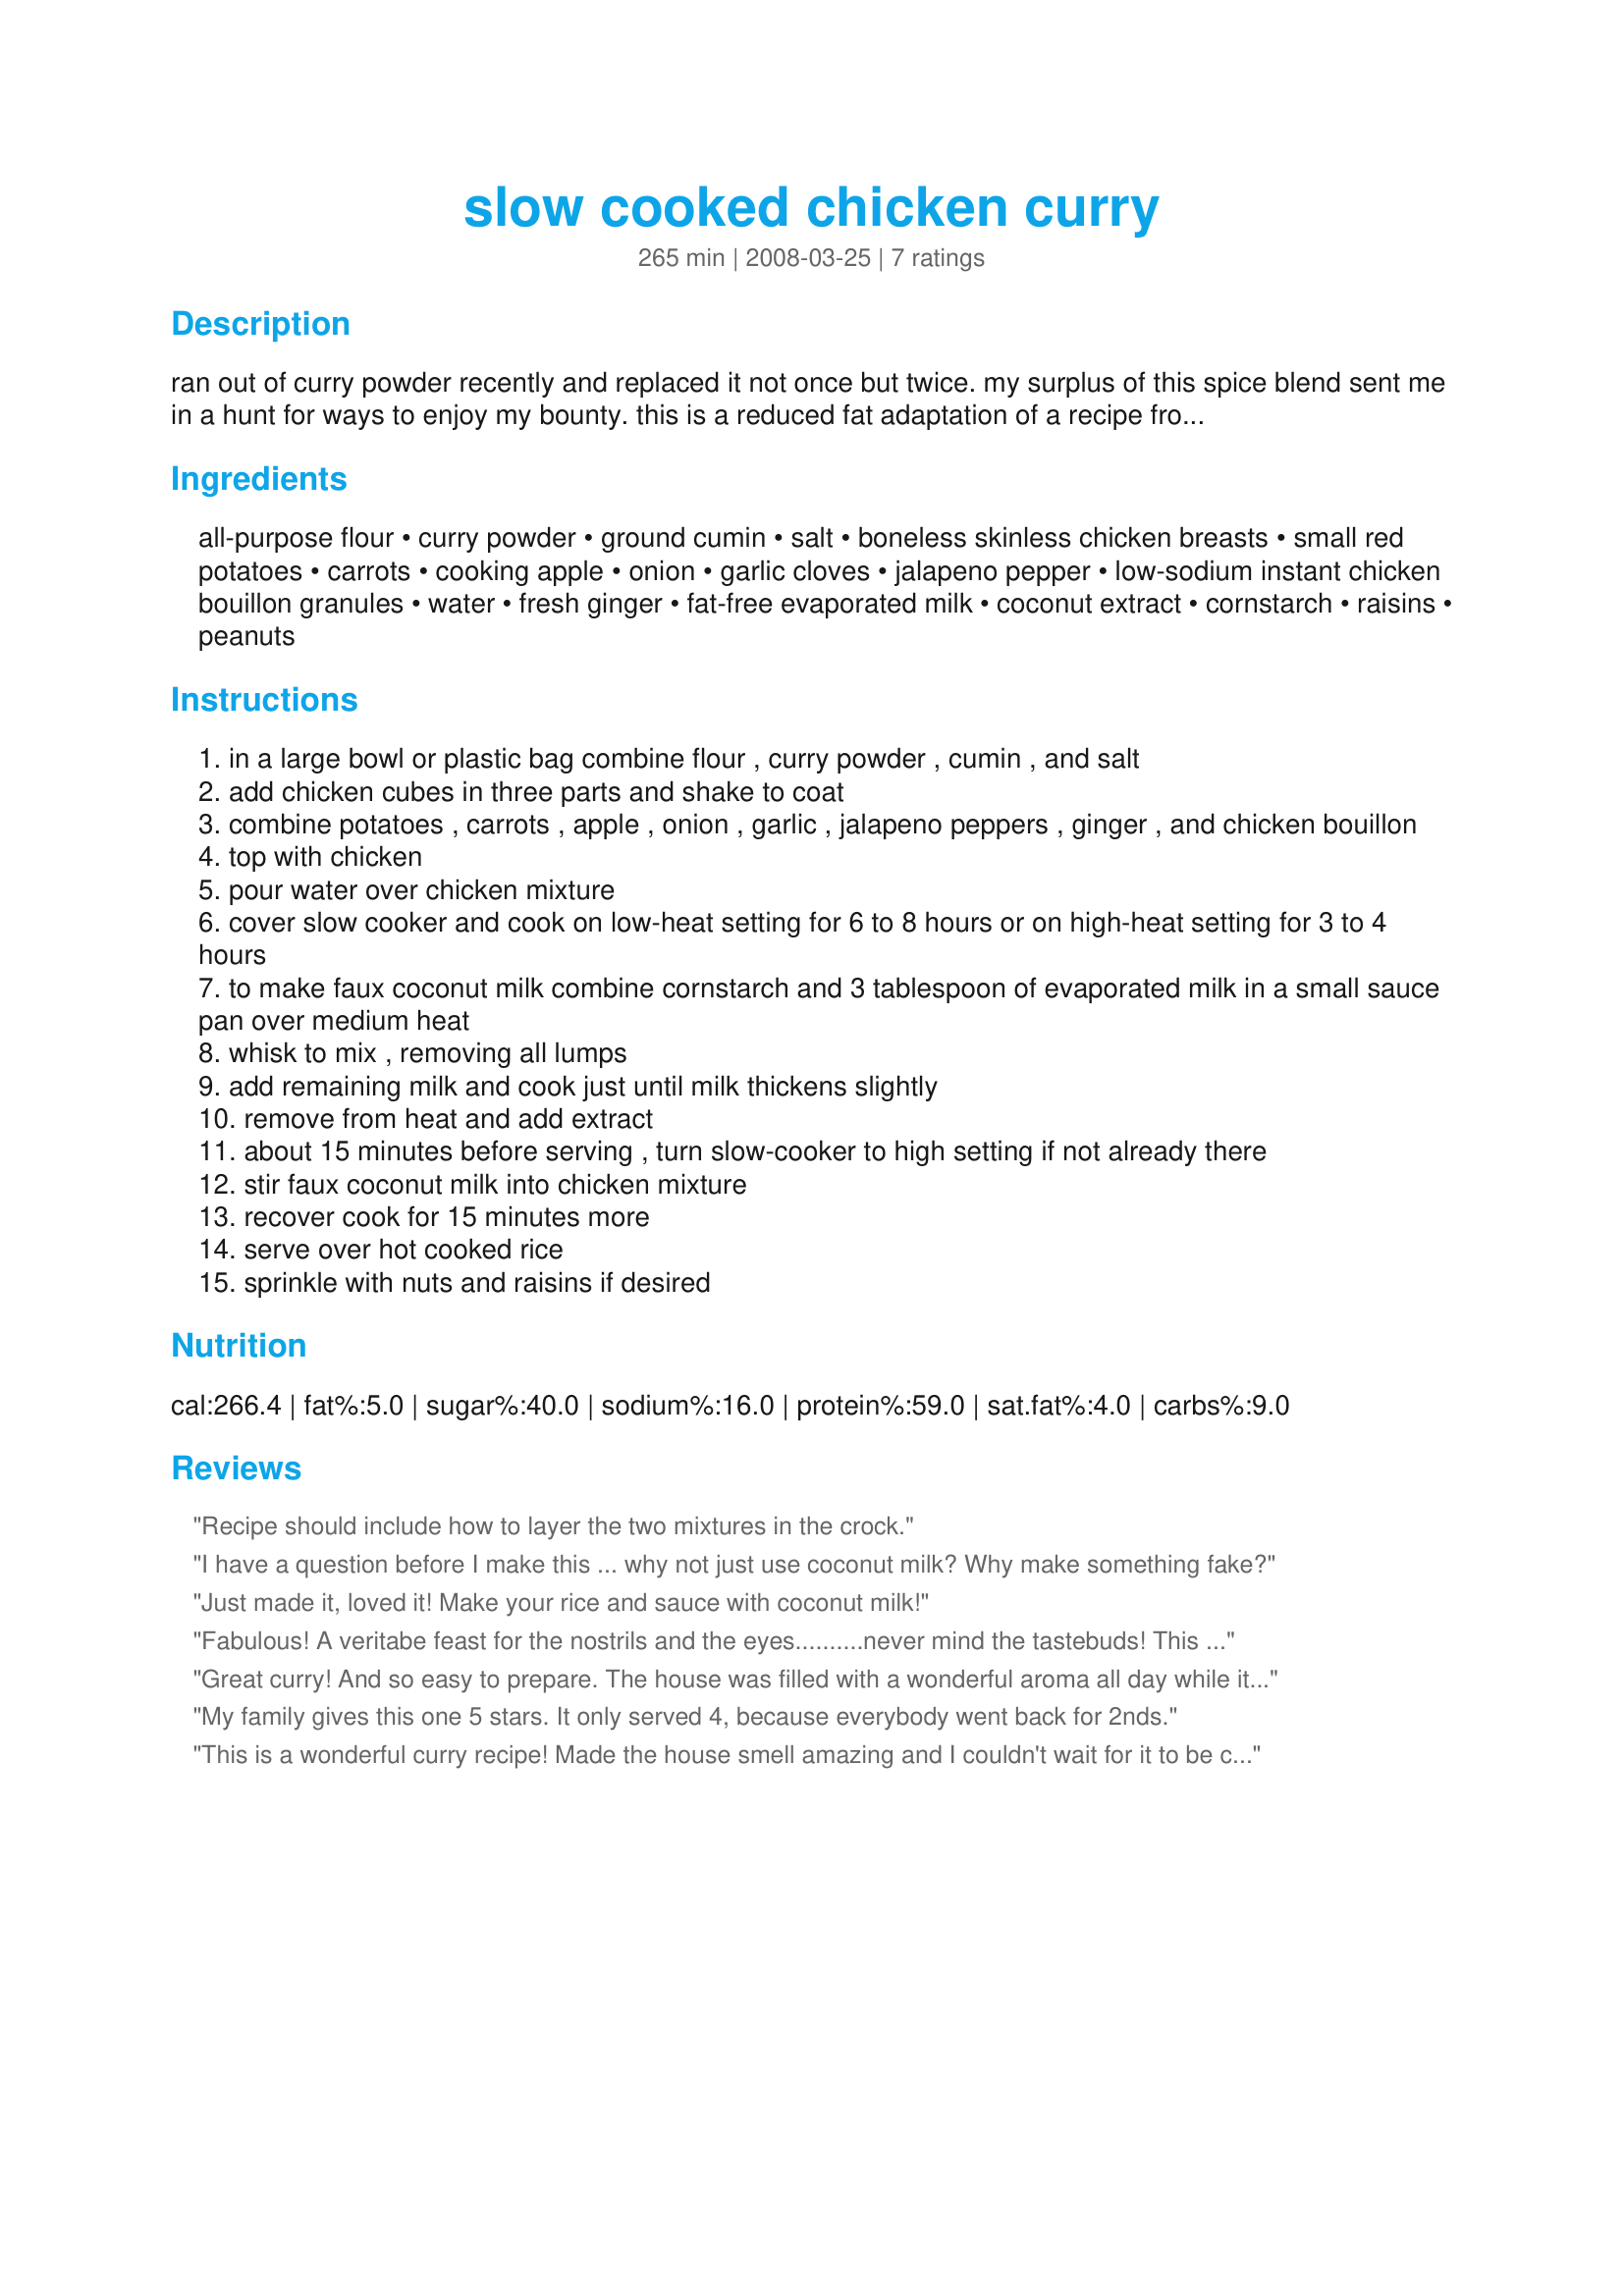
slow cooked chicken curry
Preparation time: 265 minutes

ran out of curry powder recently and replaced it not once but twice. my surplus of this spice blend sent me in a hunt for ways to enjoy my bounty. this is a reduced fat adaptation of a recipe from bhg. i just love slow cooker recipes for the ease of dump and run cooking. this one is a bit more involved since you need to prepare the lighter substitute for coconut milk. if you are not concerned about fat or calories, feel free to use regular or light coconut milk instead. a wonderful, rich flavored curry for just 5 ww points that is even better the next day.

Ingredients:
all-purpose flour, curry powder, ground cumin, salt, boneless skinless chicken breasts, small red potatoes, carrots, cooking apple, onion, garlic cloves, jalapeno pepper, low-sodium instant chicken bouillon granules, water, fresh ginger, fat-free evaporated milk, coconut extract, cornstarch, raisins, peanuts

Steps:
in a large bowl or plastic bag combine flour , curry powder , cumin , and salt
add chicken cubes in three parts and shake to coat
combine potatoes , carrots , apple , onion , garlic , jalapeno peppers , ginger , and chicken bouillon
top with chicken
pour water over chicken mixture
cover slow cooker and cook on low-heat setting for 6 to 8 hours or on high-heat setting for 3 to 4 hours
to make faux coconut milk combine cornstarch and 3 tablespoon of evaporated milk in a small sauce pan over medium heat
whisk to mix , removing all lumps
add remaining milk and cook just until milk thickens slightly
remove from heat and add extract
about 15 minutes before serving , turn slow-cooker to high setting if not already there
stir faux coconut milk into chicken mixture
recover cook for 15 minutes more
serve over hot cooked rice
sprinkle with nuts and raisins if desired

Reviews:
Recipe should include how to layer the two mixtures in the crock.
I have a question before I make this ... why not just use coconut milk? Why make something fake?
Just made it, loved it! Make your rice and sauce with coconut milk!
Fabulous! A veritabe feast for the nostrils and the eyes..........never mind the tastebuds! This is OUR kind of curry Toni - lots of flavour and veggies in it, as well as the chicken - we LOVED it. What I used: Swiss Marigold salt free bouillon granules and LOW FAT coconut milk, only 2 % fat in 100 mls. I used my own blend of home-made curry powder and sultanas for the garnish, along with the peanuts. I LOVE my crock-pot, and this simmered away all day whilst I got ready for my LONG car trip back to the UK! Photos WERE taken, but I have packed my camera - so I will post them later. Made for ZWT4 and VERY much enjoyed thanks! PS - the leftovers are being made into little hand pies for our journey! Merci! FT :-)
Great curry! And so easy to prepare. The house was filled with a wonderful aroma all day while it was cooking - couldn't wait to get it on the table. I used chicken breasts, baby carrots and 1/2 of a huge jalapeno. The faux coconut milk was terrific. And you're right - it's even better the next day. Thanks Toni for a real winner here. Made for Photo Tag.
My family gives this one 5 stars. It only served 4, because everybody went back for 2nds.
This is a wonderful curry recipe! Made the house smell amazing and I couldn't wait for it to be cooked as it smelled so aromatic! Leftovers were delicious the next day as well; this is my family's new favourite curry; totally worth the wait!
